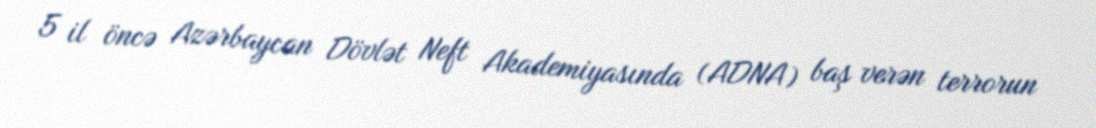
5 il öncə Azərbaycan Dövlət Neft Akademiyasında (ADNA) baş verən terrorun